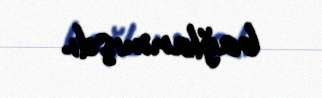
bağlanmışdı.